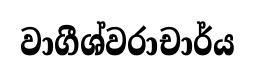
වාගීශ්වරාචාර්ය